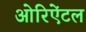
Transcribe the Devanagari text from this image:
ओरिऐंटल